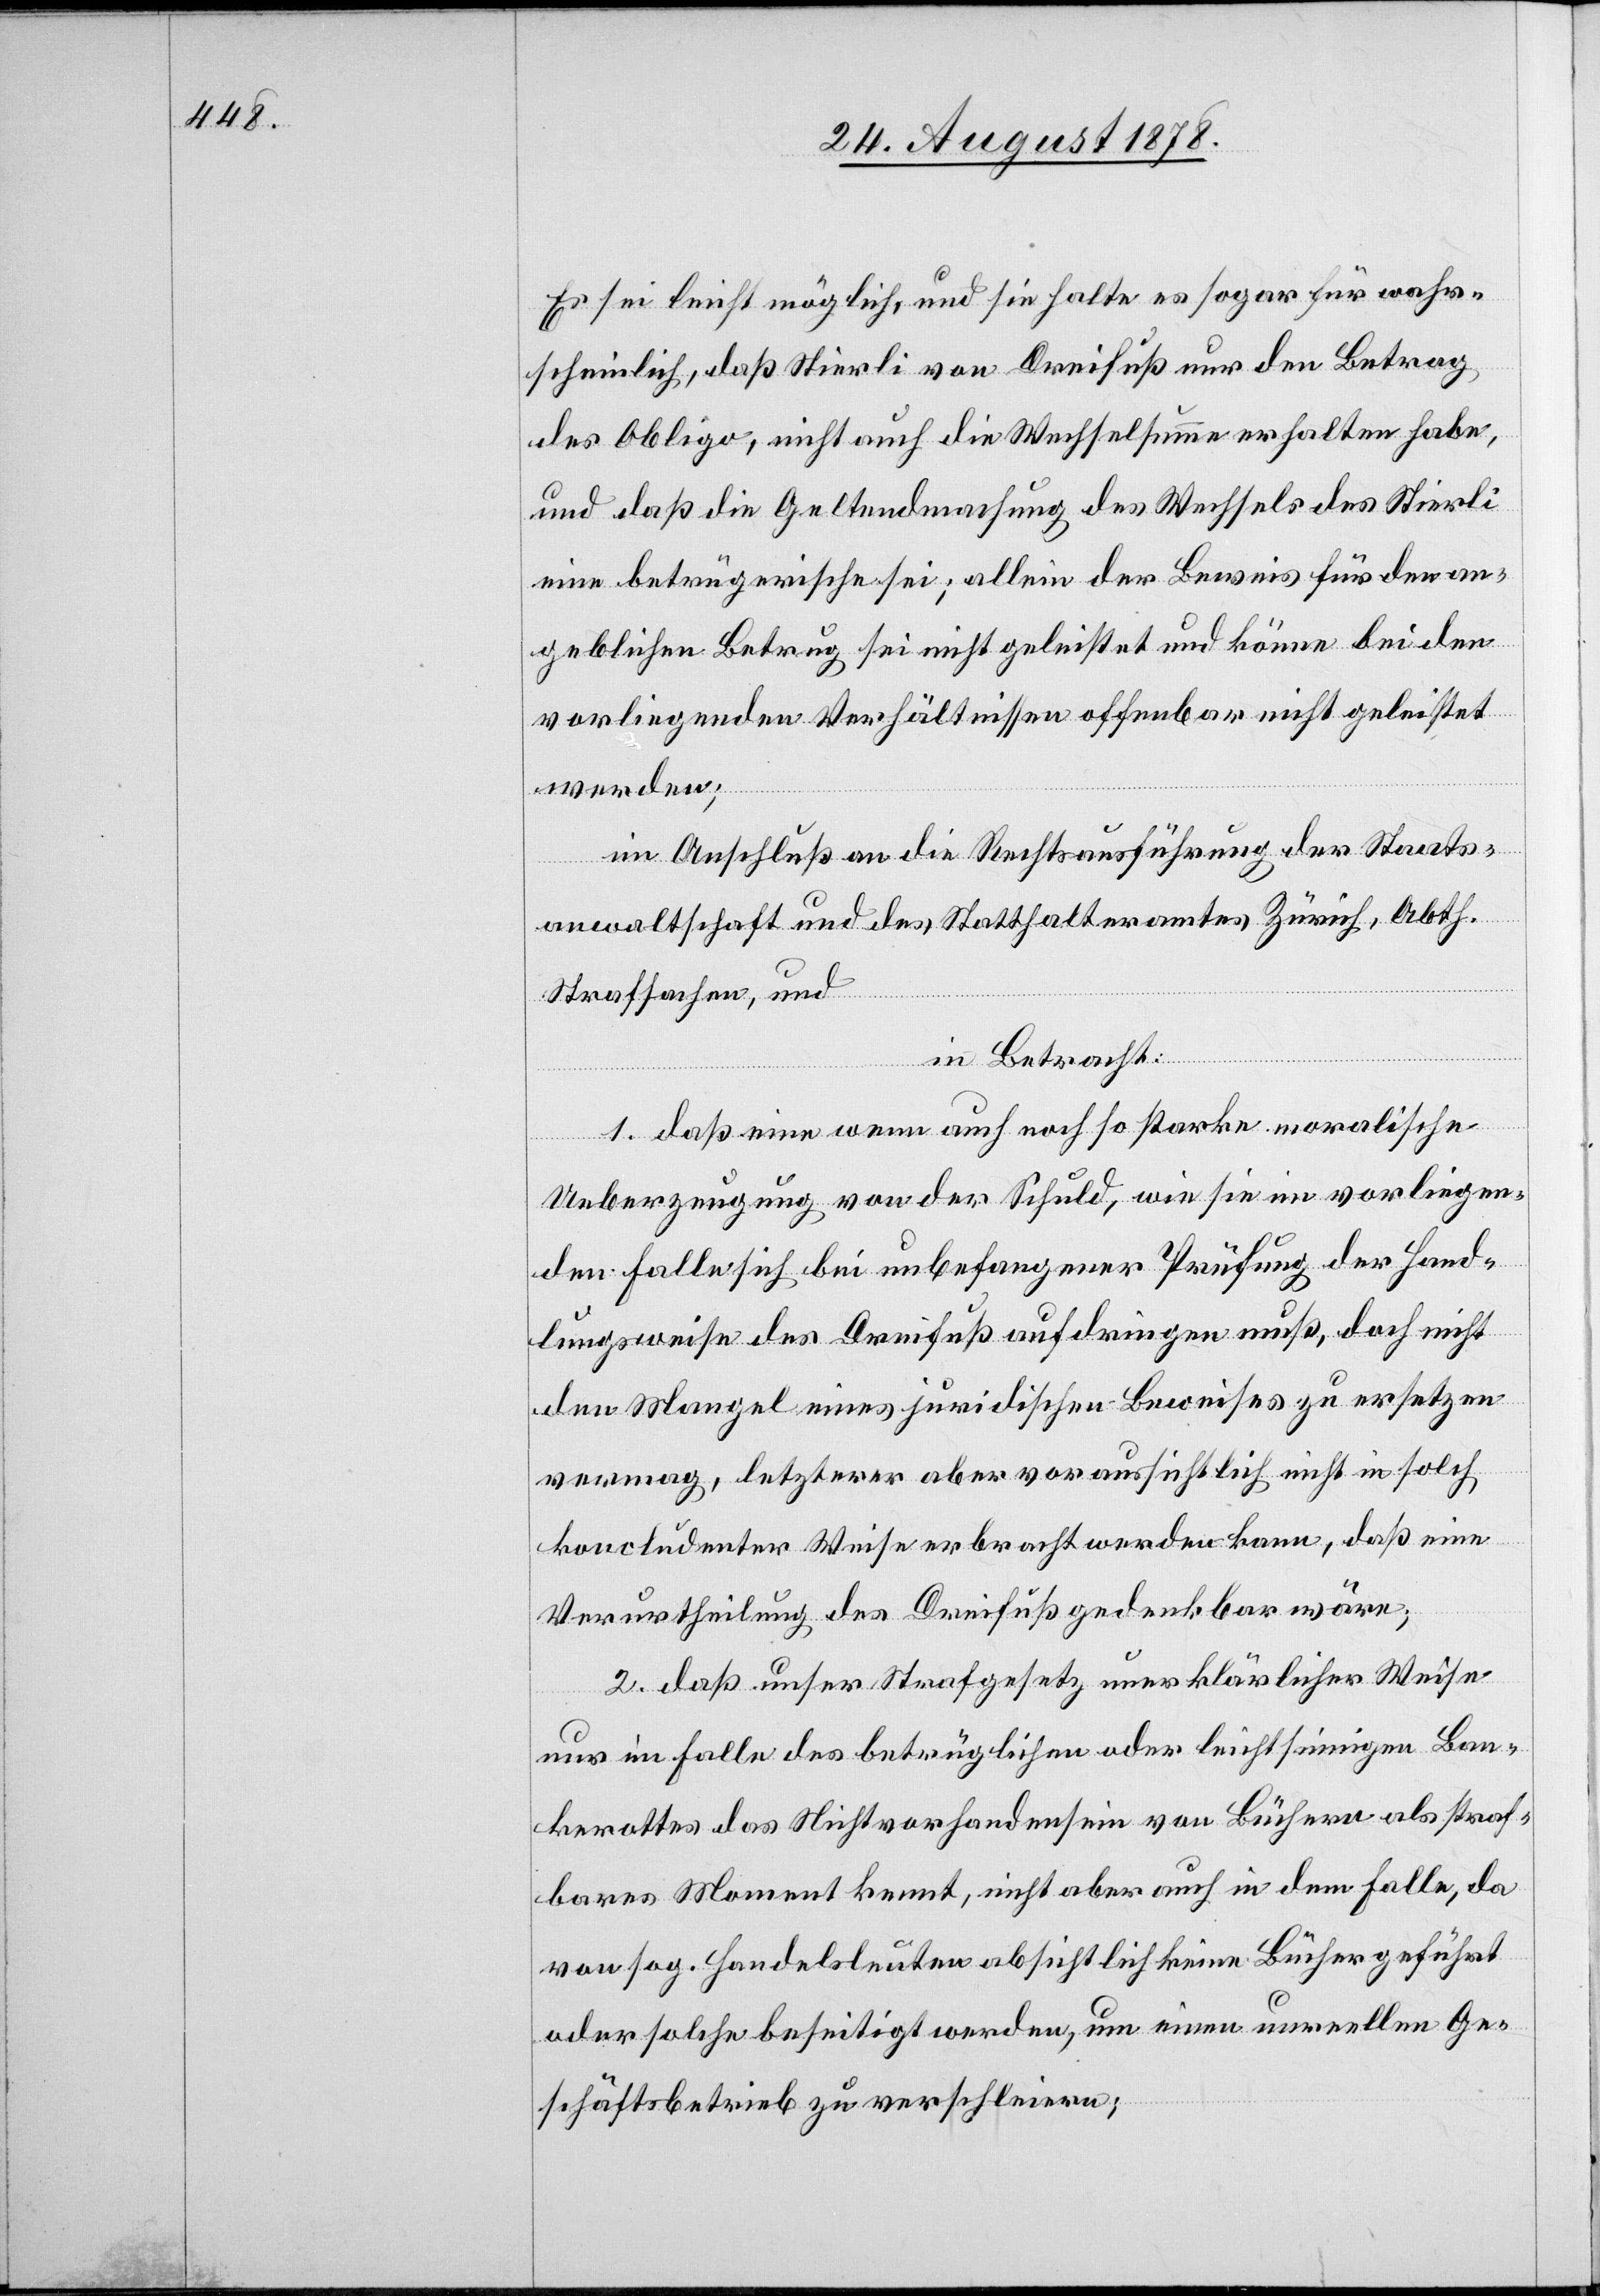
Es sei leicht möglich, und sie halte es sogar für wahr¬
scheinlich, daß Stierli von Dreifuß nur den Betrag
des Obligo, nicht auch die Wechselsumme erhalten habe,
und daß die Geltendmachung des Wechsels des Stierli
eine betrügerische sei; allein der Beweis für den an¬
geblichen Betrug sei nicht geleistet und könne bei den
vorliegenden Verhältnissen offenbar nicht geleistet
werden;
im Anschluß an die Rechtsausführung der Staats¬
anwaltschaft und des Statthalteramtes Zürich, Abth.
Strafsachen, und
in Betracht:
1. daß eine wenn auch noch so starke moralische
Ueberzeugung von der Schuld, wie sie im vorliegen¬
den Falle sich bei unbefangener Prüfung der Hand¬
lungsweise des Dreifuß aufdringen muß, doch nicht
den Mangel eines juridischen Beweises zu ersetzen
vermag, letzterer aber voraussichtlich nicht in solch
koncludenter Weise erbracht werden kann, daß eine
Verurtheilung des Dreifuß gedenkbar wäre;
2. daß unser Strafgesetz unerklärlicher Weise
nur im Falle des betrüglichen oder leichtsinnigen Ban¬
krottes das Nichtvorhandensein von Büchern als straf¬
bares Moment kennt, nicht aber auch in dem Falle, da
von sog. Handelsleuten absichtlich keine Bücher geführt
oder solche beseitigt werden, um einen unreellen Ge¬
schäftsbetrieb zu verschleiern;